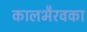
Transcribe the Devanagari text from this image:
कालभैरवका